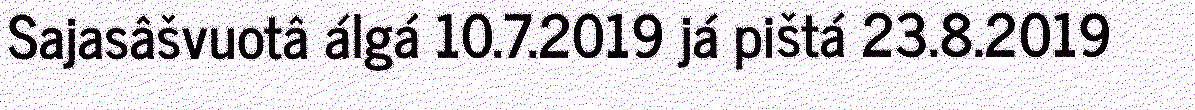
Sajasâšvuotâ álgá 10.7.2019 já pištá 23.8.2019